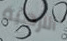
الارضية